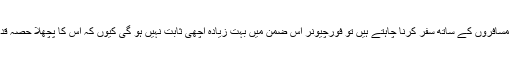
لیکن اگر آپ 7 مسافروں کے ساتھ سفر کرنا چاہتے ہیں تو فورچیونر اس ضمن میں بہت زیادہ اچھی ثابت نہیں ہو گی کیوں کہ اس کا پچھلا حصہ قدرے چھوٹا ہے۔